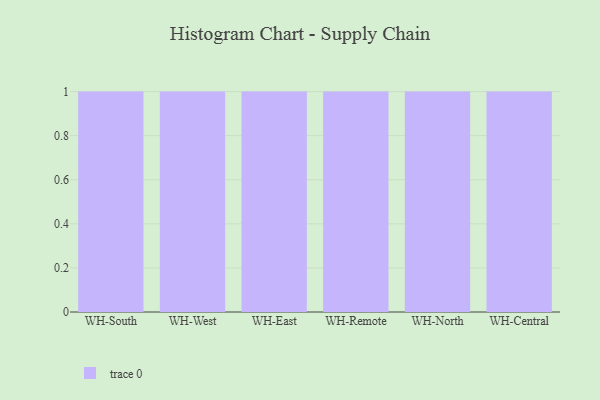
{"axis": {"x": "Warehouse", "y": "Temperature (°C)"}, "legend": [""], "data": [{"x": "WH-South", "y": 69, "type": ""}, {"x": "WH-West", "y": 46, "type": ""}, {"x": "WH-East", "y": 24, "type": ""}, {"x": "WH-Remote", "y": 21, "type": ""}, {"x": "WH-North", "y": 90, "type": ""}, {"x": "WH-Central", "y": 54, "type": ""}]}